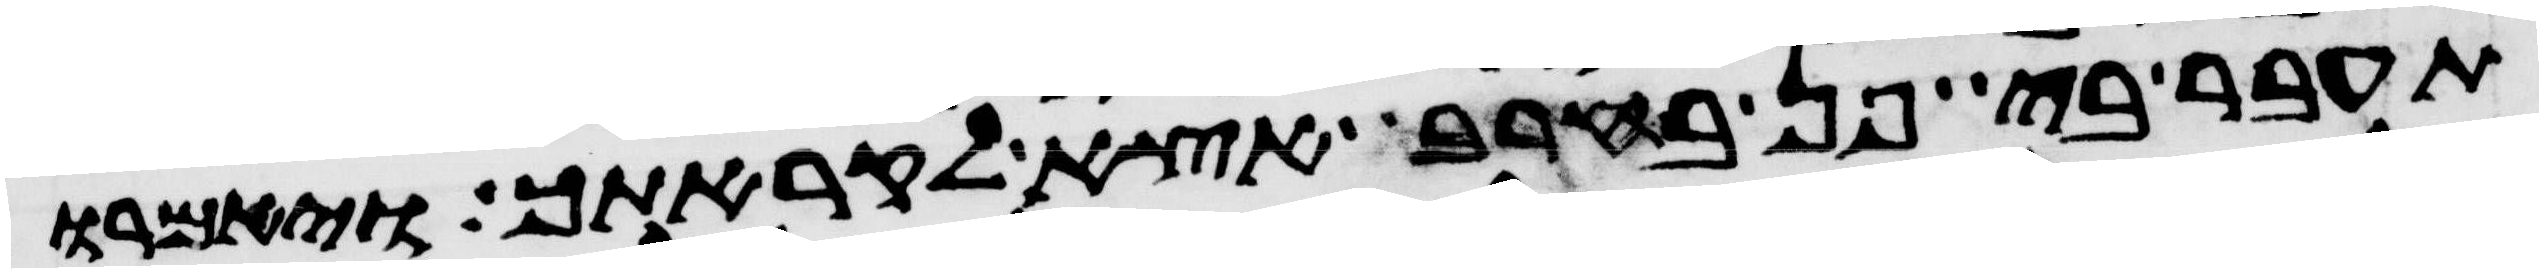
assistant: תעבר בי פן בחרב אצא לקראתך ויאמרו